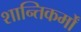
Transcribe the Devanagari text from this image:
शान्तिकर्मों